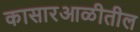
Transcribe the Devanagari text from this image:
कासारआळीतील